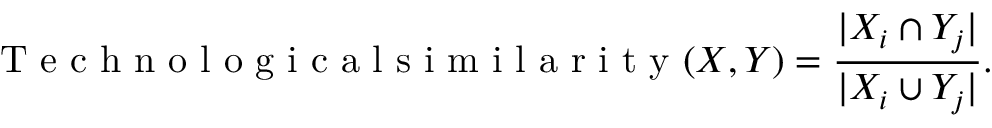
\mathrm { ~ T ~ e ~ c ~ h ~ n ~ o ~ l ~ o ~ g ~ i ~ c ~ a ~ l ~ s ~ i ~ m ~ i ~ l ~ a ~ r ~ i ~ t ~ y ~ } ( X , Y ) = \frac { | X _ { i } \cap Y _ { j } | } { | X _ { i } \cup Y _ { j } | } .